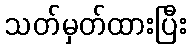
သတ်မှတ်ထားပြီး